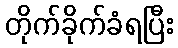
တိုက်ခိုက်ခံရပြီး